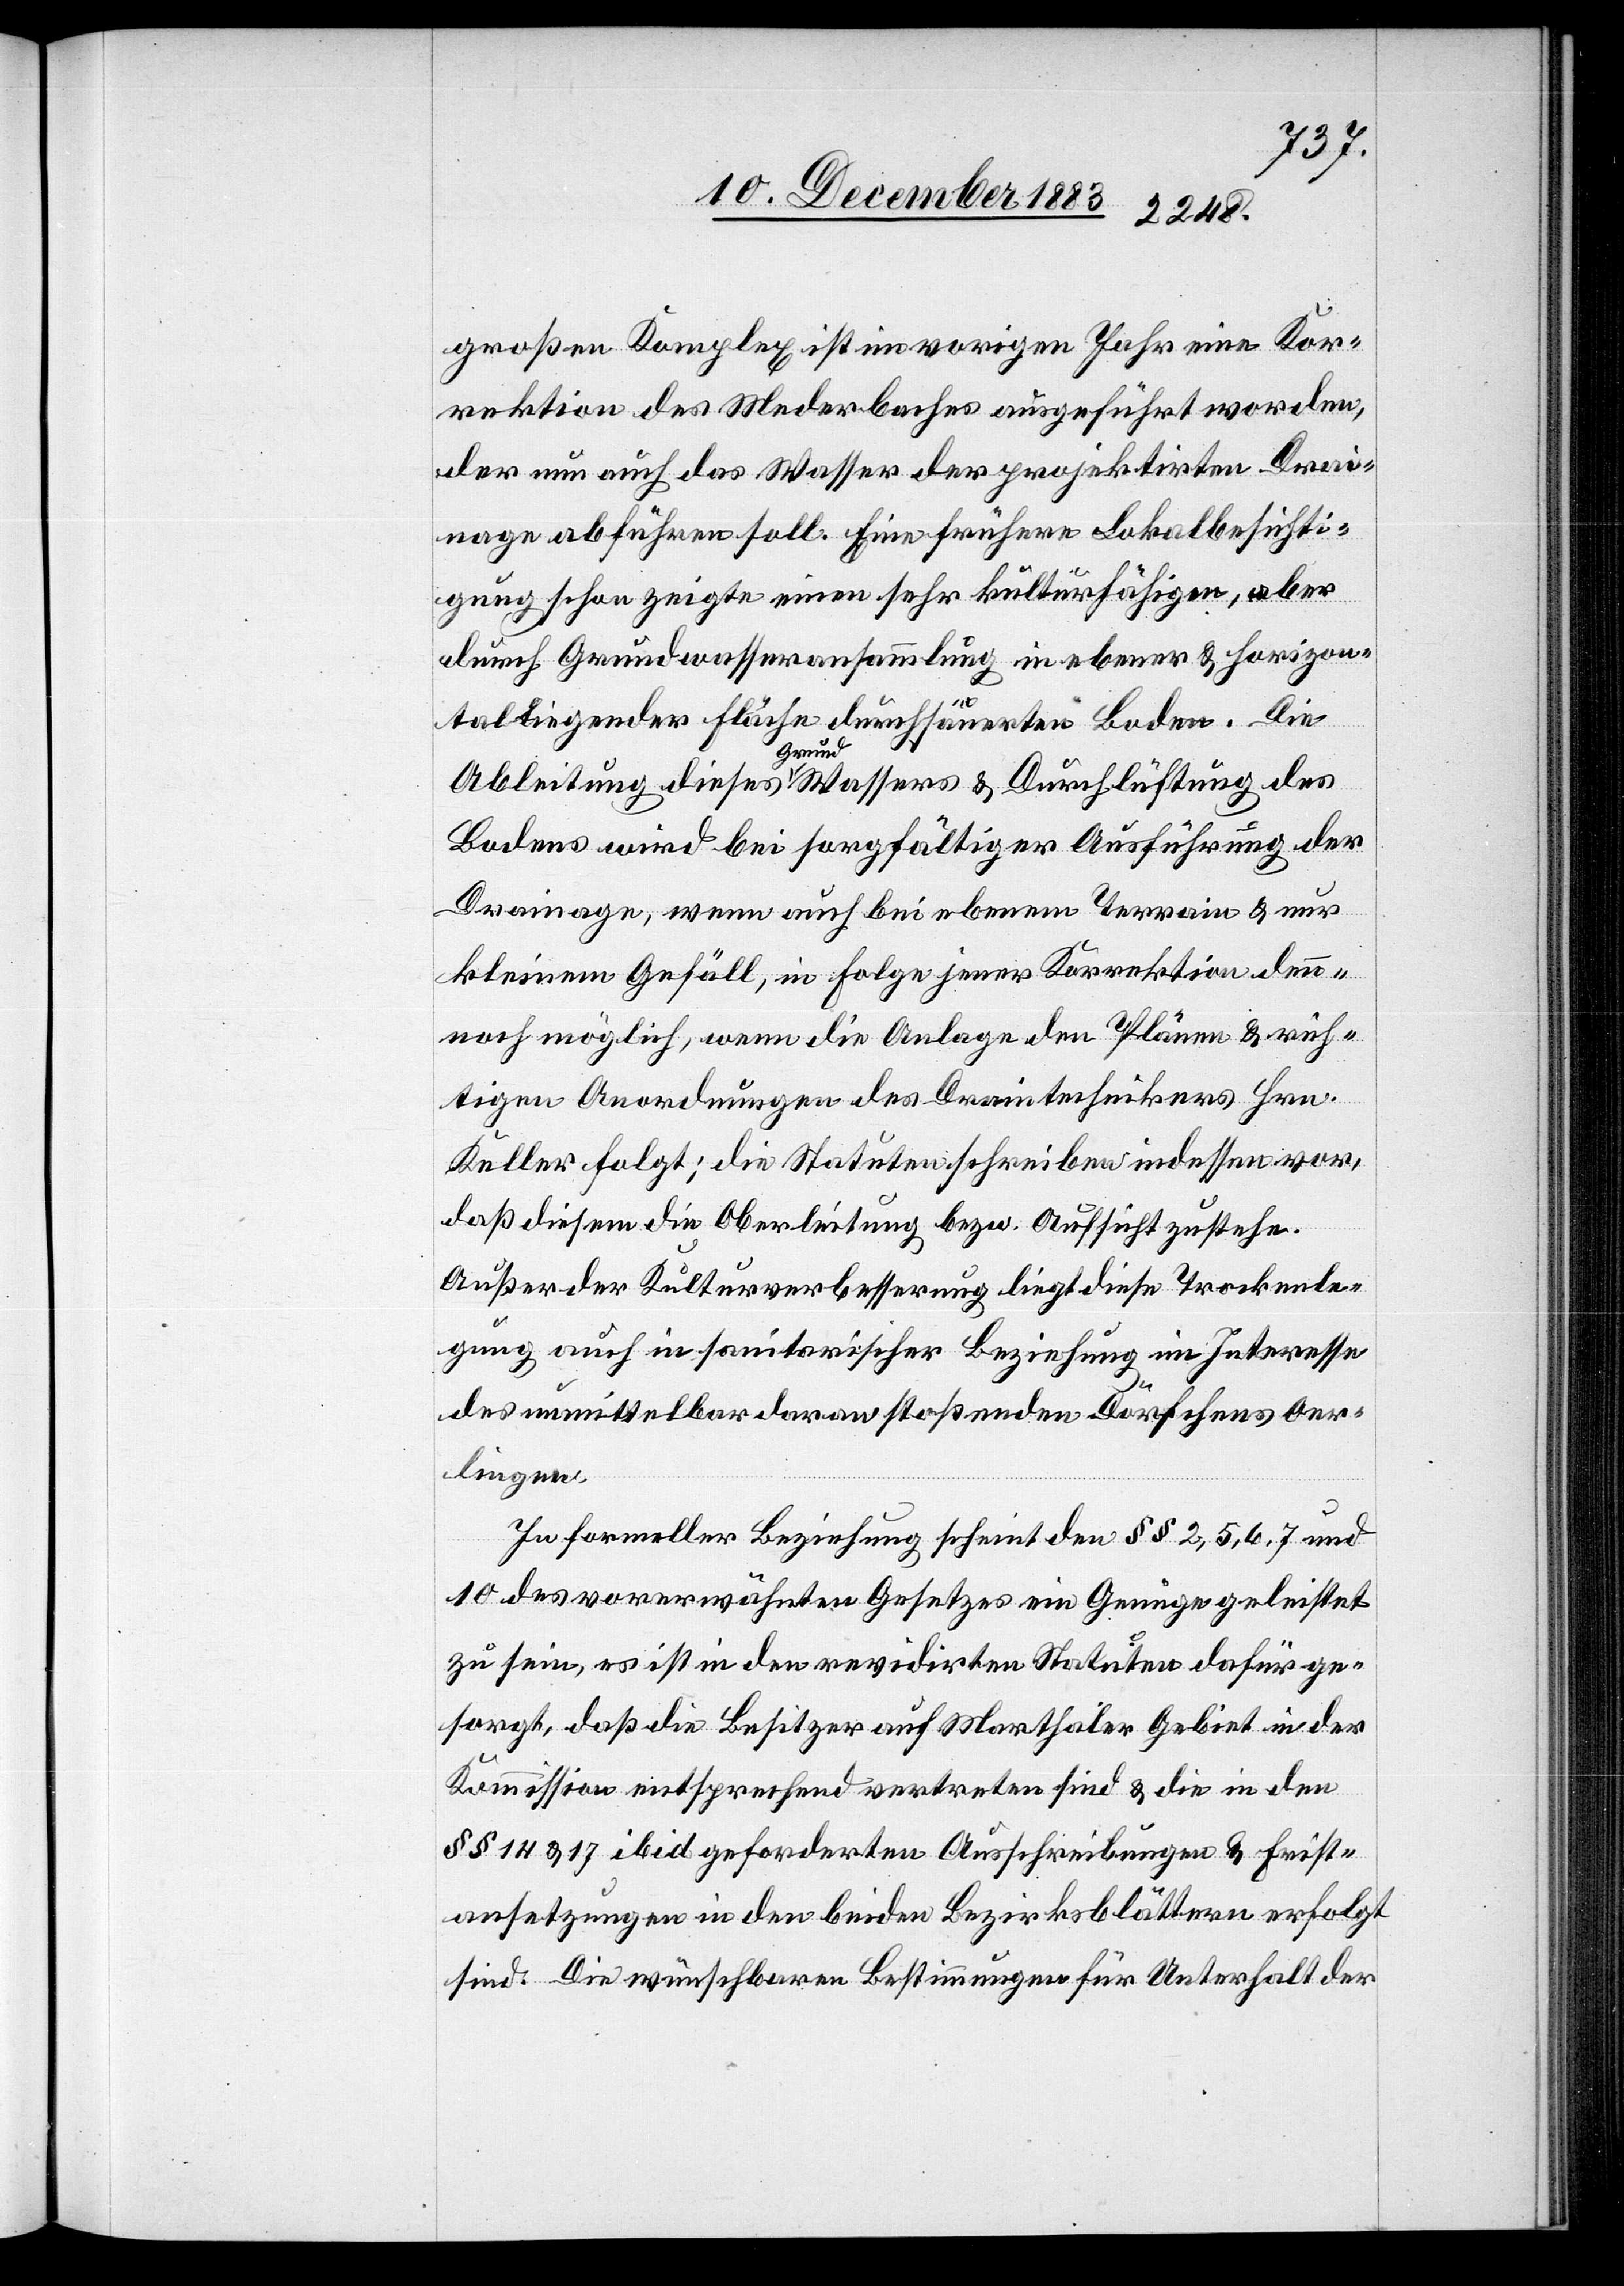
großen Komplex ist im vorigen Jahr eine Kor¬
rektion des Mederbaches ausgeführt worden,
der nun auch das Wasser der projektirten Drai¬
nage abführen soll. Eine frühere Lokalbesichti¬
gung schon zeigte einen sehr kulturfähigen, aber
durch Grundwasseransammlung in ebener & horizon¬
tal liegender Fläche durchsäuerten Boden. Die
Ableitung dieses Grundwassers & Durchlüftung des
Bodens wird bei sorgfältiger Ausführung der
Drainage, wenn auch bei ebenem Terrain & nur
kleinem Gefäll, in Folge jener Korrektion den¬
noch möglich, wenn die Anlage den Plänen & rich¬
tigen Anordnungen des Draintechnikers Hrn.
Keller folgt; die Statuten schreiben indessen vor,
daß diesem die Oberleitung bezw. Aufsicht zustehe.
Außer der Kulturverbesserung liegt diese Trockenle¬
gung auch in sanitarischer Beziehung im Interesse
des unmittelbar daran stoßenden Dörfchens Oer¬
lingen.
In formeller Beziehung schient den §§ 2, 5, 6, 7 und
10 des vorerwähnten Gesetzes ein Genüge geleistet
zu sein, es ist in den revidirten Statuten dafür ge¬
sorgt, daß die Besitzer auf Marthaler Gebiet in der
Kommission entsprechend vertreten sind, & die in den
§§ 14 & 17 ibid geforderten Ausschreibungen & Frist¬
ansetzungen in den beiden Bezirksblättern erfolgt
sind. Die wünschbaren Bestimmungen für Unterhalt der